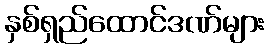
နှစ်ရှည်ထောင်ဒဏ်များ